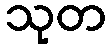
သုတ